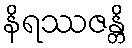
နိရဿဇန္တိ